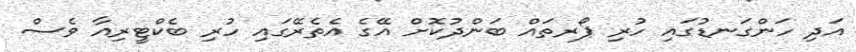
އަދި ހަންގަނޑުގައި ހުރި ޕޯރތައް ބަންދުކޮށް އޭގެ އެތެރޭގައި ހުރި ބެކްޓީރިއާ ވެސް